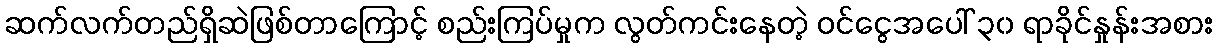
ဆက်လက်တည်ရှိဆဲဖြစ်တာကြောင့် စည်းကြပ်မှုက လွတ်ကင်းနေတဲ့ ဝင်ငွေအပေါ် ၃၀ ရာခိုင်နှုန်းအစား